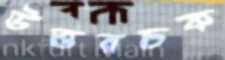
উত্তরচক